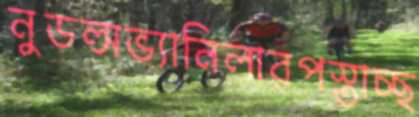
নুডল্সভ্যানিলারপস্তাচ্ছ